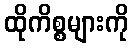
ထိုကိစ္စများကို